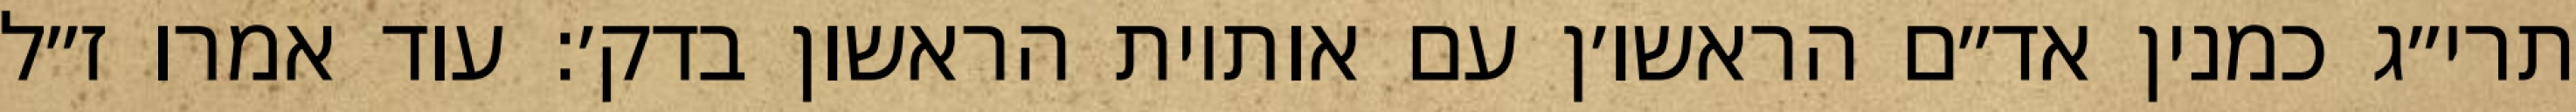
תרי״ג כמנין אד״ם הראשו׳ן עם אותיות הראשון בדק׳: עוד אמרו ז״ל